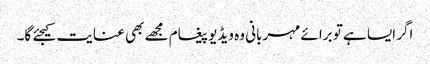
اگر ایسا ہے تو برائے مہربانی وہ ویڈیو پیغام مجھے بھی عنایت کیجئے گا۔